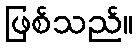
ဖြစ်သည်။